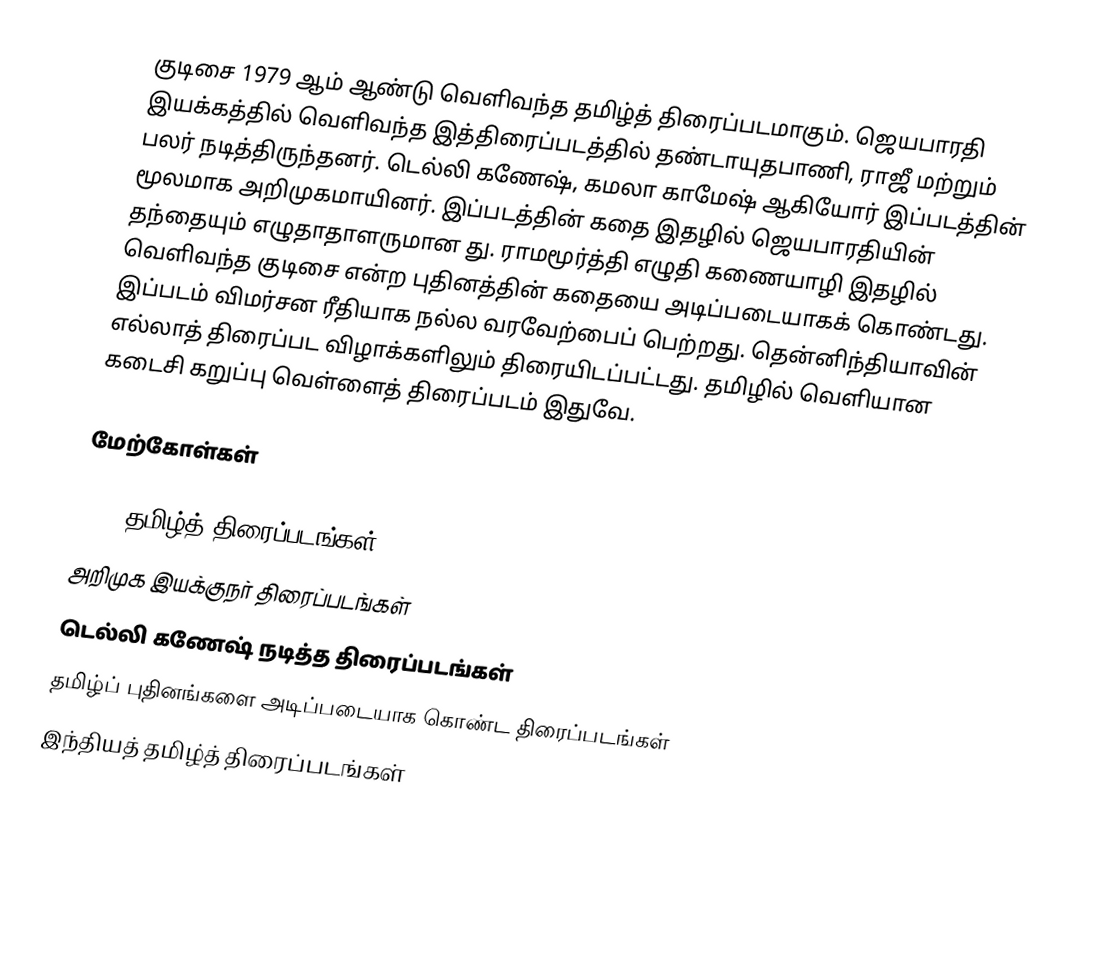
குடிசை 1979 ஆம் ஆண்டு வெளிவந்த தமிழ்த் திரைப்படமாகும். ஜெயபாரதி இயக்கத்தில் வெளிவந்த இத்திரைப்படத்தில் தண்டாயுதபாணி, ராஜீ மற்றும் பலர் நடித்திருந்தனர். டெல்லி கணேஷ், கமலா காமேஷ் ஆகியோர் இப்படத்தின் மூலமாக அறிமுகமாயினர். இப்படத்தின் கதை  இதழில் ஜெயபாரதியின் தந்தையும் எழுதாதாளருமான து. ராமமூர்த்தி எழுதி கணையாழி இதழில் வெளிவந்த குடிசை என்ற புதினத்தின் கதையை அடிப்படையாகக் கொண்டது. இப்படம் விமர்சன ரீதியாக நல்ல வரவேற்பைப் பெற்றது. தென்னிந்தியாவின் எல்லாத் திரைப்பட விழாக்களிலும் திரையிடப்பட்டது. தமிழில் வெளியான கடைசி கறுப்பு வெள்ளைத் திரைப்படம் இதுவே.

மேற்கோள்கள்

1979 தமிழ்த் திரைப்படங்கள்
அறிமுக இயக்குநர் திரைப்படங்கள்
டெல்லி கணேஷ் நடித்த திரைப்படங்கள்
தமிழ்ப் புதினங்களை அடிப்படையாக கொண்ட திரைப்படங்கள்
இந்தியத் தமிழ்த் திரைப்படங்கள்